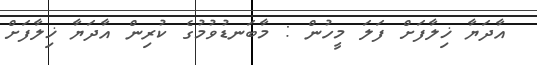
އާދަޔާ ޚިލާފަށް ފަލަ މީހުން : މާބަނޑުވުމުގެ ކުރިން އާދަޔާ ޚިލާފަށް